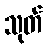
သုတ်